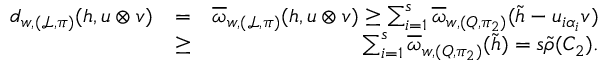
\begin{array} { r l r } { d _ { w , ( \mathcal { L } , \pi ) } ( \boldsymbol { h } , \boldsymbol { u } \otimes \boldsymbol { v } ) } & { = } & { \overline { { \omega } } _ { w , ( \mathcal { L } , \pi ) } ( \boldsymbol { h } , \boldsymbol { u } \otimes \boldsymbol { v } ) \geq \sum _ { i = 1 } ^ { s } \overline { { \omega } } _ { w , ( Q , \pi _ { 2 } ) } ( \tilde { \boldsymbol { h } } - u _ { i \alpha _ { i } } \boldsymbol { v } ) } \\ & { \geq } & { \sum _ { i = 1 } ^ { s } \overline { { \omega } } _ { w , ( Q , \pi _ { 2 } ) } ( \tilde { \boldsymbol { h } } ) = s \tilde { \rho } ( C _ { 2 } ) . } \end{array}